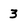
Character: 3